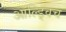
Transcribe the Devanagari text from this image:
ऑल्ड्विच